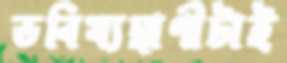
ভবিষ্যদ্বাণীটাই